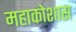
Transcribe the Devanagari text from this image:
महाकोशास